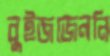
বুইজজেননি